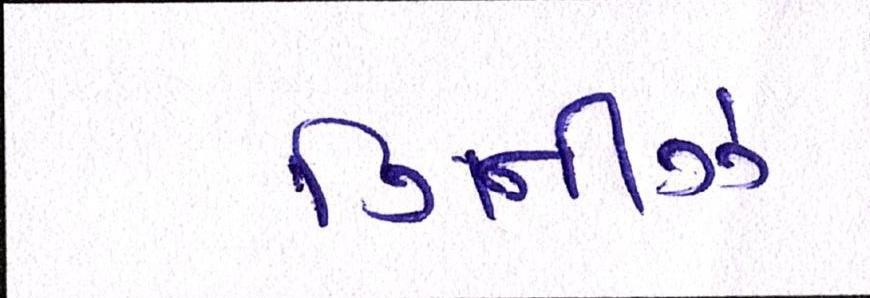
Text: ગિનીઝ